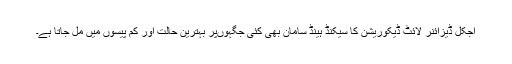
آجکل ڈیزائنر لائٹ ڈیکوریشن کا سیکنڈ ہینڈ سامان بھی کئی جگہوںپر بہترین حالت اور کم پیسوں میں مل جاتا ہے۔